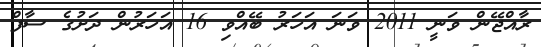
ރާއްޖޭން ވަނީ 2011 ވަނަ އަހަރު ބޭއްވި 16 އަހަރުން ދަށުގެ ސާފް